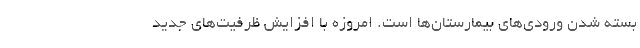
بسته شدن ورودی‌های بیمارستان‌ها است. امروزه با افزایش ظرفیت‌های جدید